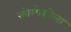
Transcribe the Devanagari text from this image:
कोम्पेस्तेला